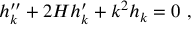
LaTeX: h _ { k } ^ { \prime \prime } + 2 { \cal H } h _ { k } ^ { \prime } + k ^ { 2 } h _ { k } = 0 \ ,